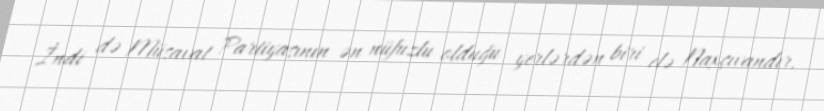
İndi də Müsavat Partiyasının ən nüfuzlu olduğu yerlərdən biri elə Naxçıvandır,